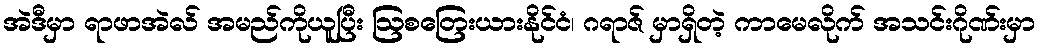
အဲဒီမှာ ရာဖာအဲလ် အမည်ကိုယူပြီး ဩစတြေးယားနိုင်ငံ၊ ဂရာဇ် မှာရှိတဲ့ ကာမေလိုက် အသင်းဂိုဏ်းမှာ